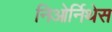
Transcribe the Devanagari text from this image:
निओर्निथेस